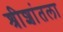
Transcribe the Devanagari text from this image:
श्रीशांतला